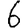
Digit: 6